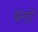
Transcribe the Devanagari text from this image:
बरवी